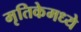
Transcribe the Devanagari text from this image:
मृतिकेमध्ये